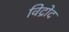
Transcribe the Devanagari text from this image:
विद्रोद